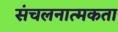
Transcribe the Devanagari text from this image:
संचलनात्मकता